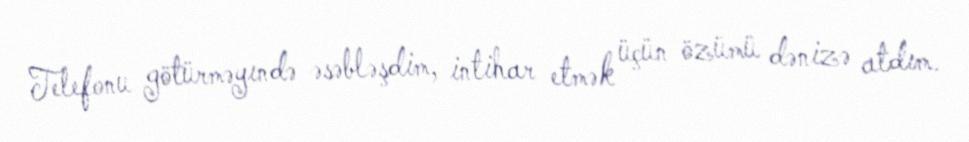
Telefonu götürməyındə əsəbləşdim, intihar etmək üçün özümü dənizə atdım.